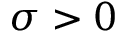
\sigma > 0